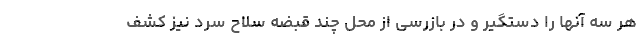
هر سه آنها را دستگیر و در بازرسی از محل چند قبضه سلاح سرد نیز کشف